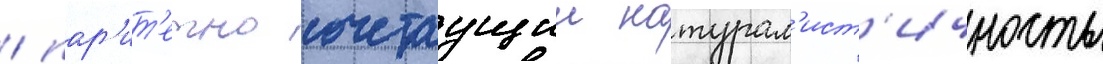
/ пар'ит'етно сочетаущии натурал'ист'ичность